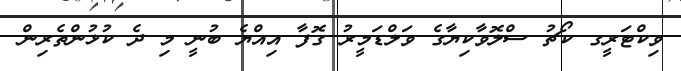
ވިކްޓަރީގ ކޯޗު ސްލޮވާކިޔާގެ ވަލްޑަމީރު ގޮފާ އިއްޔެ ބުނީ މި ދެ ކުޅުންތެރިން